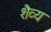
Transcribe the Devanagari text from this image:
शैव्य